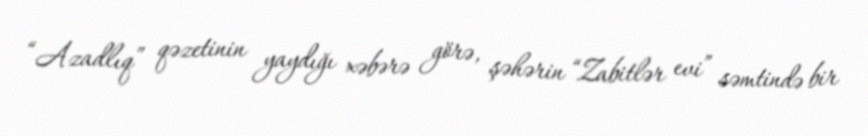
“Azadlıq” qəzetinin yaydığı xəbərə görə, şəhərin “Zabitlər evi” səmtində bir